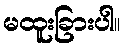
မထူးခြားပါ။